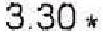
3.30 *